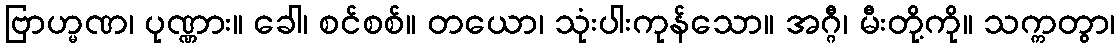
ဗြာဟ္မဏ၊ ပုဏ္ဏား။ ခေါ၊ စင်စစ်။ တယော၊ သုံးပါးကုန်သော။ အဂ္ဂီ၊ မီးတို့ကို။ သက္ကတွာ၊